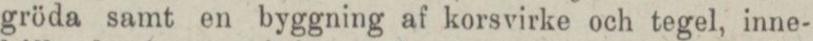
gröda samt en byggning af korsvirke och tegel, inne-